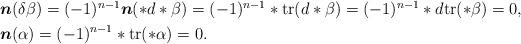
LaTeX: \begin{align*} \begin{aligned} &\boldsymbol{n}(\delta\beta)=(-1)^{n-1}\boldsymbol{n}(\ast d\ast\beta)=(-1)^{n-1}\ast\mathrm{tr}(d\ast\beta)=(-1)^{n-1}\ast d\mathrm{tr}(\ast\beta)=0,\\ &\boldsymbol{n}(\alpha)=(-1)^{n-1}\ast\mathrm{tr}(\ast\alpha)=0. \end{aligned} \end{align*}